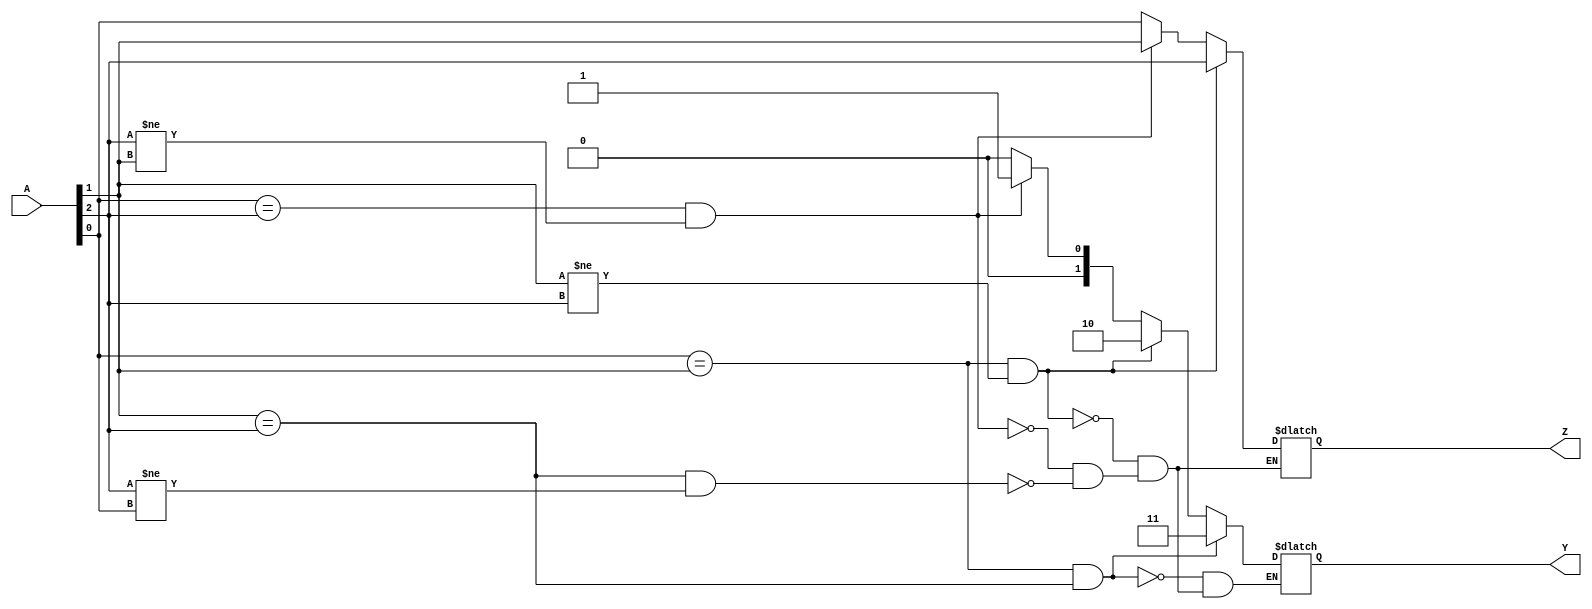
module problem1(A, Y, Z); 

input[2:0] A;
output reg[1:0] Y; 
output reg Z;

always @ (*) 

begin
if(A[1]==A[2] & A[2]!=A[0])
begin
Y=2'b00;
Z= A[0];
end

if(A[0]==A[2] & A[2]!=A[1])
begin 
Y=2'b01;
Z=A[1];
end

if(A[0]==A[1] & A[1]!=A[2])
begin 
Y=2'b10;
Z=A[2];
end

if(A[0]==A[1] & A[1]==A[2])
begin 
Y=2'b11;
end

end

endmodule